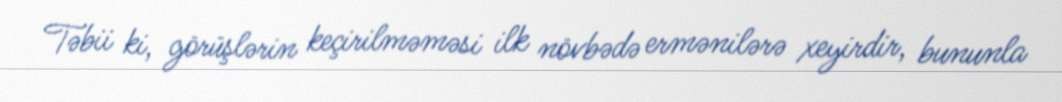
Təbii ki, görüşlərin keçirilməməsi ilk növbədə ermənilərə xeyirdir, bununla